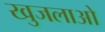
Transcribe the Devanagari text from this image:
खुजलाओ